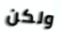
ولكن